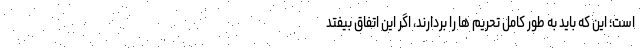
است؛ این که باید به طور کامل تحریم ها را بردارند، اگر این اتفاق بیفتد